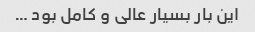
این بار بسیار عالی و کامل بود …